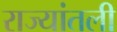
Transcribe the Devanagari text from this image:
राज्यांतली